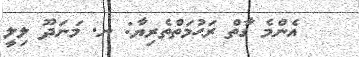
އެންމެ ގާތް ރަޙުމަތްތެރިޔާ: ނ. މަނަދޫ ލިލީ